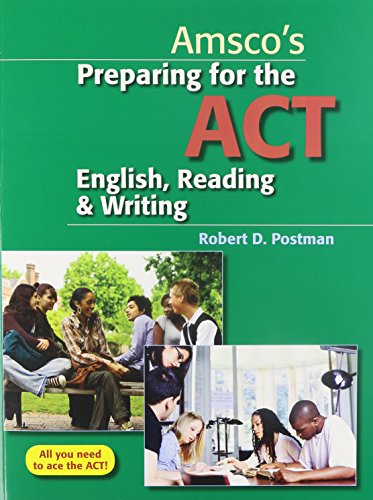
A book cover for Preparing for the ACT English, Reading & Writing; Robert Postman; Test Preparation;